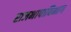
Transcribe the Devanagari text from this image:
राजभाषाविभाग